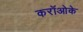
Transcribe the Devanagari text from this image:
करॉओके